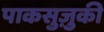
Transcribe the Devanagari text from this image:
पाकसुज़ुकी